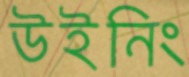
উইনিং